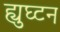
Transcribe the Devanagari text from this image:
ह्युघ्टन